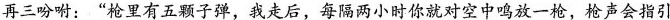
再三吩咐：”枪里有五颗子弹，我走后，每隔两小时你就对空中鸣放一枪，枪声会指引